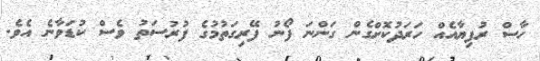
ހާސް ރުފިޔާއެއް ހަރަދުކޮށްގެން ގަންނަ ފޯނު ފޭރިގަތުމުގެ ފުރުސަތު ވެސް ކުޑަވާނެ އެވެ.